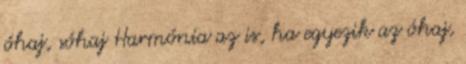
óhaj, sóhaj Harmónia az is, ha egyezik az óhaj,